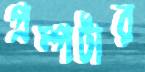
প্রম্পটার